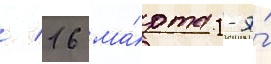
/ 16 ма́рта 1-я́